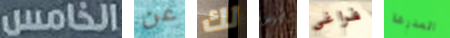
الخامس عن لك ليس فراغي المدرعة